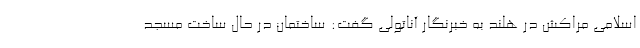
اسلامی مراکش در هلند به خبرنگار آناتولی گفت: ساختمان در حال ساخت مسجد